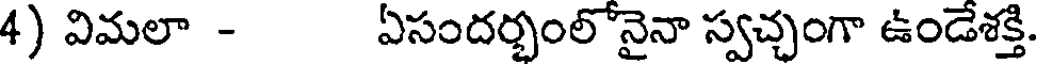
4) విమలా - ఏసందర్భంలోనైనా స్వచ్చంగా ఉండేశక్తి